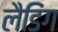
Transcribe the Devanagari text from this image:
लैडिंग